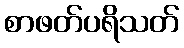
စာဖတ်ပရိသတ်